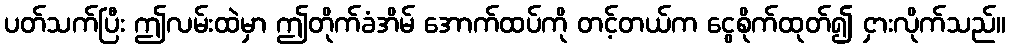
ပတ်သက်ပြီး ဤလမ်းထဲမှာ ဤတိုက်ခံအိမ် အောက်ထပ်ကို တင့်တယ်က ငွေစိုက်ထုတ်၍ ငှားလိုက်သည်။